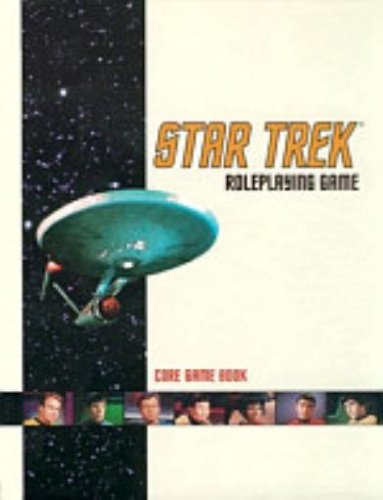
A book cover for "Star Trek" Role Playing Game; James Cambias; Science Fiction & Fantasy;